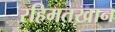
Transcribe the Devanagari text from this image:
रहिमतखान